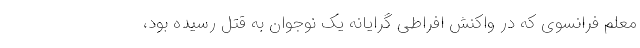
معلم فرانسوی که در واکنش افراطی گرایانه یک نوجوان به قتل رسیده بود،